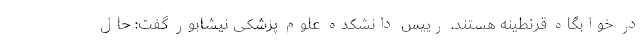
در خوابگاه قرنطینه هستند. رییس دانشکده علوم پزشکی نیشابور گفت: حال